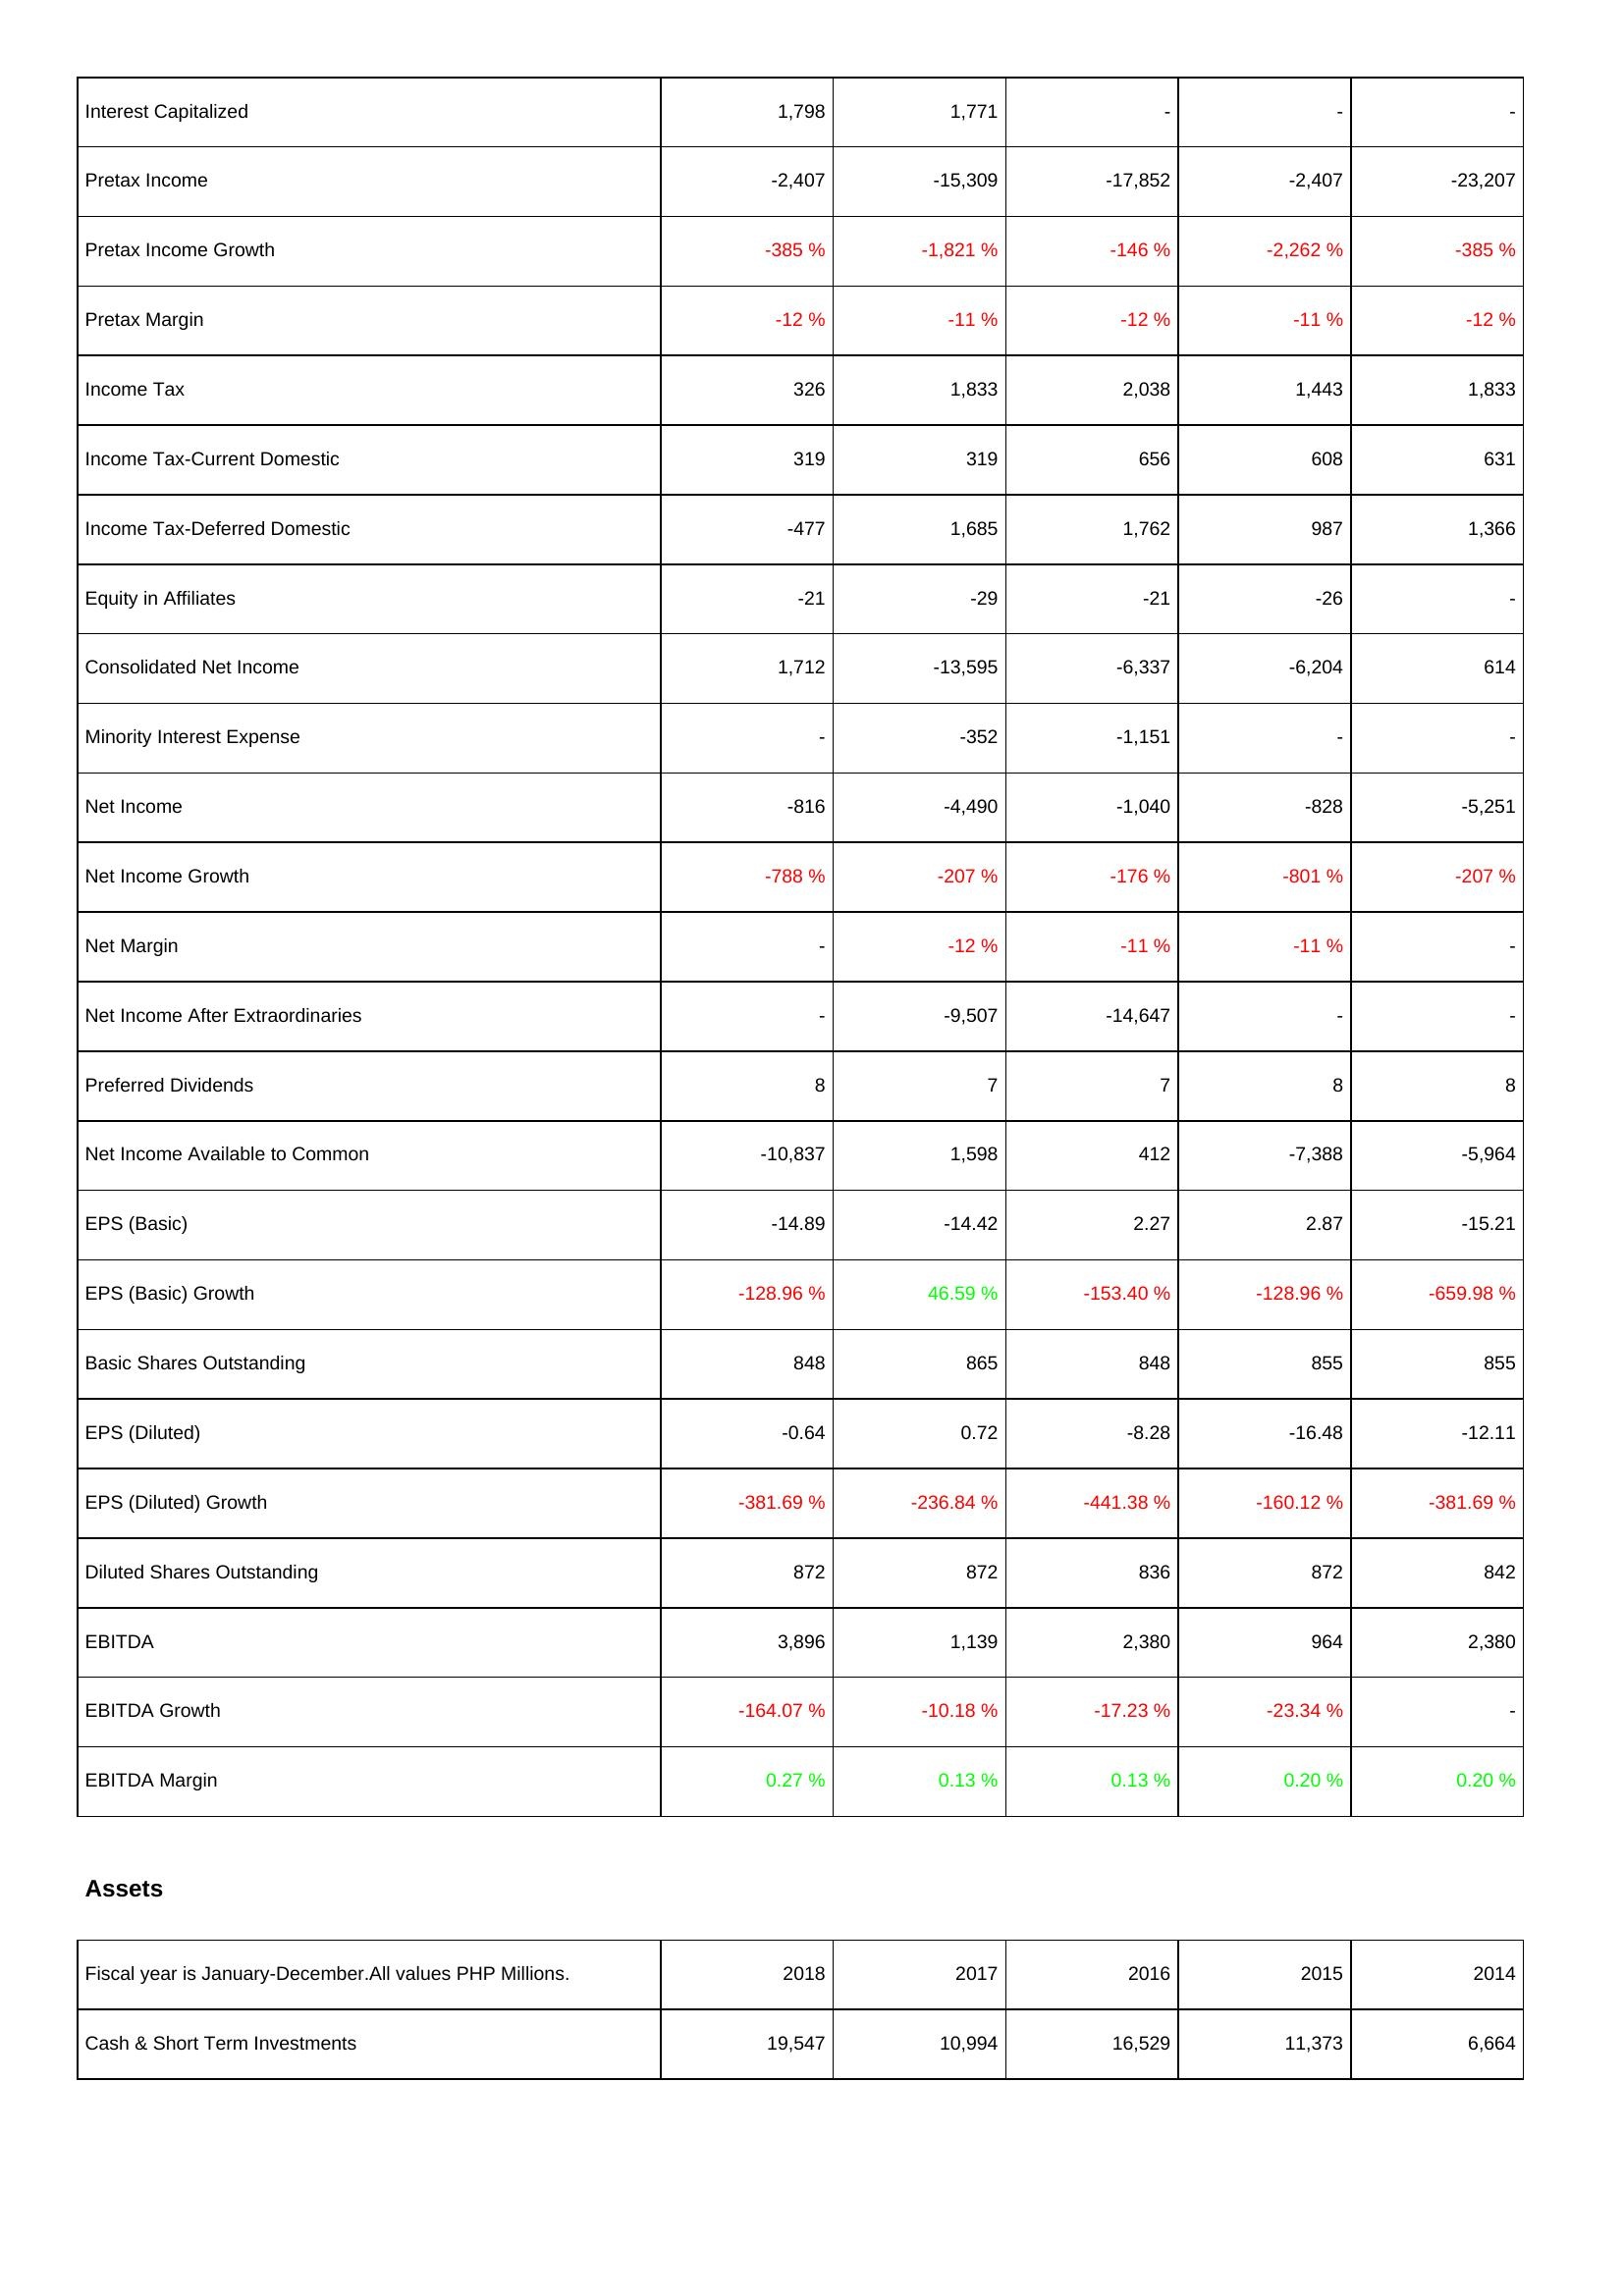
2018: Income Statement: Interest Capitalized: 1,798
Pretax Income: -2,407
Pretax Income Growth: -385 %
Pretax Margin: -12 %
Income Tax: 326
Income Tax-Current Domestic: 319
Income Tax-Deferred Domestic: -477
Equity in Affiliates: -21
Consolidated Net Income: 1,712
Minority Interest Expense: -
Net Income: -816
Net Income Growth: -788 %
Net Margin: -
Net Income After Extraordinaries: -
Preferred Dividends: 8
Net Income Available to Common: -10,837
EPS (Basic): -14.89
EPS (Basic) Growth: -128.96 %
Basic Shares Outstanding: 848
EPS (Diluted): -0.64
EPS (Diluted) Growth: -381.69 %
Diluted Shares Outstanding: 872
EBITDA: 3,896
EBITDA Growth: -164.07 %
EBITDA Margin: 0.27 %
Assets: Cash & Short Term Investments: 19,547
2017: Income Statement: Interest Capitalized: 1,771
Pretax Income: -15,309
Pretax Income Growth: -1,821 %
Pretax Margin: -11 %
Income Tax: 1,833
Income Tax-Current Domestic: 319
Income Tax-Deferred Domestic: 1,685
Equity in Affiliates: -29
Consolidated Net Income: -13,595
Minority Interest Expense: -352
Net Income: -4,490
Net Income Growth: -207 %
Net Margin: -12 %
Net Income After Extraordinaries: -9,507
Preferred Dividends: 7
Net Income Available to Common: 1,598
EPS (Basic): -14.42
EPS (Basic) Growth: 46.59 %
Basic Shares Outstanding: 865
EPS (Diluted): 0.72
EPS (Diluted) Growth: -236.84 %
Diluted Shares Outstanding: 872
EBITDA: 1,139
EBITDA Growth: -10.18 %
EBITDA Margin: 0.13 %
Assets: Cash & Short Term Investments: 10,994
2016: Income Statement: Interest Capitalized: -
Pretax Income: -17,852
Pretax Income Growth: -146 %
Pretax Margin: -12 %
Income Tax: 2,038
Income Tax-Current Domestic: 656
Income Tax-Deferred Domestic: 1,762
Equity in Affiliates: -21
Consolidated Net Income: -6,337
Minority Interest Expense: -1,151
Net Income: -1,040
Net Income Growth: -176 %
Net Margin: -11 %
Net Income After Extraordinaries: -14,647
Preferred Dividends: 7
Net Income Available to Common: 412
EPS (Basic): 2.27
EPS (Basic) Growth: -153.40 %
Basic Shares Outstanding: 848
EPS (Diluted): -8.28
EPS (Diluted) Growth: -441.38 %
Diluted Shares Outstanding: 836
EBITDA: 2,380
EBITDA Growth: -17.23 %
EBITDA Margin: 0.13 %
Assets: Cash & Short Term Investments: 16,529
2015: Income Statement: Interest Capitalized: -
Pretax Income: -2,407
Pretax Income Growth: -2,262 %
Pretax Margin: -11 %
Income Tax: 1,443
Income Tax-Current Domestic: 608
Income Tax-Deferred Domestic: 987
Equity in Affiliates: -26
Consolidated Net Income: -6,204
Minority Interest Expense: -
Net Income: -828
Net Income Growth: -801 %
Net Margin: -11 %
Net Income After Extraordinaries: -
Preferred Dividends: 8
Net Income Available to Common: -7,388
EPS (Basic): 2.87
EPS (Basic) Growth: -128.96 %
Basic Shares Outstanding: 855
EPS (Diluted): -16.48
EPS (Diluted) Growth: -160.12 %
Diluted Shares Outstanding: 872
EBITDA: 964
EBITDA Growth: -23.34 %
EBITDA Margin: 0.20 %
Assets: Cash & Short Term Investments: 11,373
2014: Income Statement: Interest Capitalized: -
Pretax Income: -23,207
Pretax Income Growth: -385 %
Pretax Margin: -12 %
Income Tax: 1,833
Income Tax-Current Domestic: 631
Income Tax-Deferred Domestic: 1,366
Equity in Affiliates: -
Consolidated Net Income: 614
Minority Interest Expense: -
Net Income: -5,251
Net Income Growth: -207 %
Net Margin: -
Net Income After Extraordinaries: -
Preferred Dividends: 8
Net Income Available to Common: -5,964
EPS (Basic): -15.21
EPS (Basic) Growth: -659.98 %
Basic Shares Outstanding: 855
EPS (Diluted): -12.11
EPS (Diluted) Growth: -381.69 %
Diluted Shares Outstanding: 842
EBITDA: 2,380
EBITDA Growth: -
EBITDA Margin: 0.20 %
Assets: Cash & Short Term Investments: 6,664